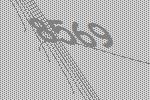
8569